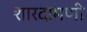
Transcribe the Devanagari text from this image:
शारदामणी